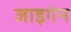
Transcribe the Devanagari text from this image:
जाइगेन